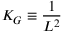
K _ { G } \equiv \frac { 1 } { L ^ { 2 } }